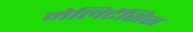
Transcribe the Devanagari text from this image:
मेलिटेंसिस